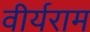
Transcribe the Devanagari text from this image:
वीर्यराम